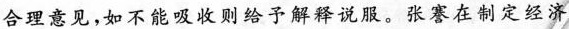
合理意见，如不能吸收则给予解释说服。张謇在制定经济